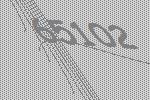
65102